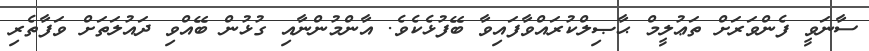
ސާނަވީ ފެންވަރަށް ތަޢުލީމް ޙާޞިލްކުރައްވާފައިވާ ބޭފުޅެކެވެ. އާންމުންނާއި ގުޅުން ބޭއްވި ދައުލަތަށް ވަފާތެރި